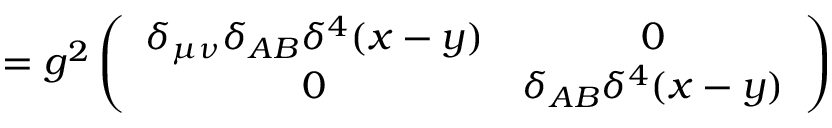
= g ^ { 2 } \left( \begin{array} { c c } { { \delta _ { \mu \nu } \delta _ { A B } \delta ^ { 4 } ( x - y ) } } & { { 0 } } \\ { { 0 } } & { { \delta _ { A B } \delta ^ { 4 } ( x - y ) } } \end{array} \right)